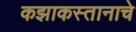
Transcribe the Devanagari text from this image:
कझाकस्तानाचे